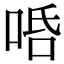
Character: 𠳂